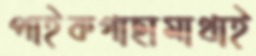
পাইকগাছামাথাই